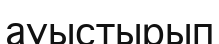
ауыстырып